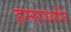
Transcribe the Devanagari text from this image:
हम्साध्वनि